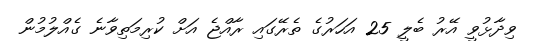
ވިދާޅުވީ އޭރު ބެލީ 25 އަހަރުގެ ތެރޭގައި ރާއްޖެ އަށް ކުރިމަތިވާނެ ގެއްލުމުން